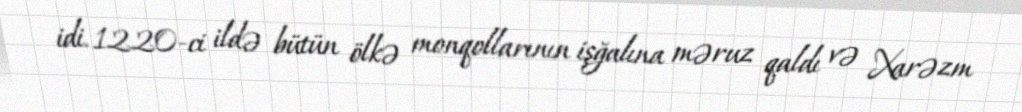
idi. 1220-ci ildə bütün ölkə monqollarının işğalına məruz qaldı və Xarəzm